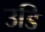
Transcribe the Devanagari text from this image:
उडि